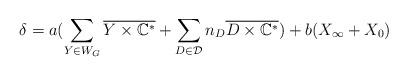
LaTeX: \begin{align*}\delta = a (\sum_{Y\in W_G} \overline{Y\times \mathbb{C}^*} + \sum_{D\in \mathcal{D}} n_D \overline{D\times \mathbb{C}^*})+ b (X_{\infty}+X_0) \end{align*}